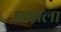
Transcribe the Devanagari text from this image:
धनाला